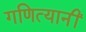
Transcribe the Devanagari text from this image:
गणित्यानीं